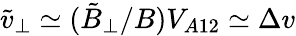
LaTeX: \tilde{v}_{\perp}\simeq(\tilde{B}_{\perp}/B)V_{A12}\simeq\Delta v